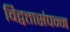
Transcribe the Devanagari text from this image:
विद्वत्तासंपन्न